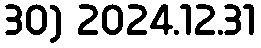
30) 2024.12.31